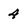
Character: 4